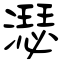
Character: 濏